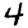
Digit: 4